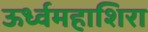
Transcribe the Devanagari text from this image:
ऊर्ध्वमहाशिरा